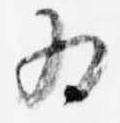
為